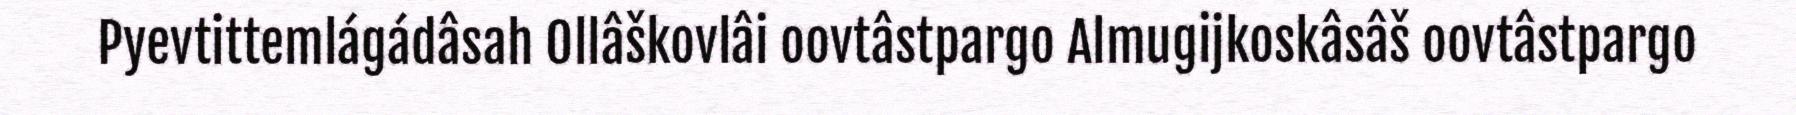
Pyevtittemlágádâsah Ollâškovlâi oovtâstpargo Almugijkoskâsâš oovtâstpargo